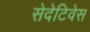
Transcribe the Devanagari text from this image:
सेदेटिवेस